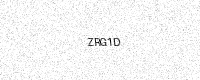
Text: ZRG1D